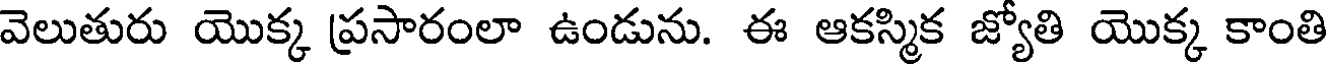
వెలుతురు యొక్క ప్రసారంలా ఉండును. ఈ ఆకస్మిక జ్యోతి యొక్క కాంతి